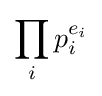
\prod _{i}p_{i}^{e_{i}}